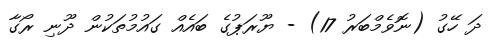
ދަ ހޭގު (ނޮވެމްބަރު 17) - ޔޫރަޕުގެ ބައެއް ގައުމުތަކުން ދޫނި ރޯގާ